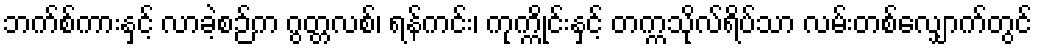
ဘက်စ်ကားနှင့် လာခဲ့စဉ်က ဂွတ္တလစ်၊ ရန်ကင်း၊ ကုက္ကိုင်းနှင့် တက္ကသိုလ်ရိပ်သာ လမ်းတစ်လျှောက်တွင်